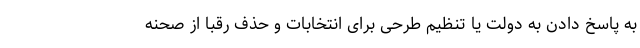
به پاسخ دادن به دولت یا تنظیم طرحی برای انتخابات و حذف رقبا از صحنه